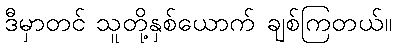
ဒီမှာတင် သူတို့နှစ်ယောက် ချစ်ကြတယ်။